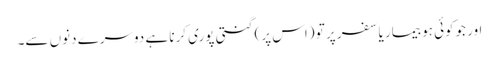
اور جوکوئی ہو بیمار یا سفر پر تو (اس پر) گنتی پوری کرنا ہے دوسرے دنوں سے۔